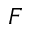
F